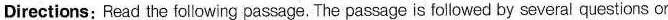
Directions: Fead the following passage. The passage is followed by several questions or